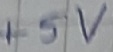
Text: +5V